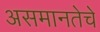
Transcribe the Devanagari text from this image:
असमानतेचे